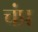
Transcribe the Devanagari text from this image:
चंप्र